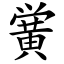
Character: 黉